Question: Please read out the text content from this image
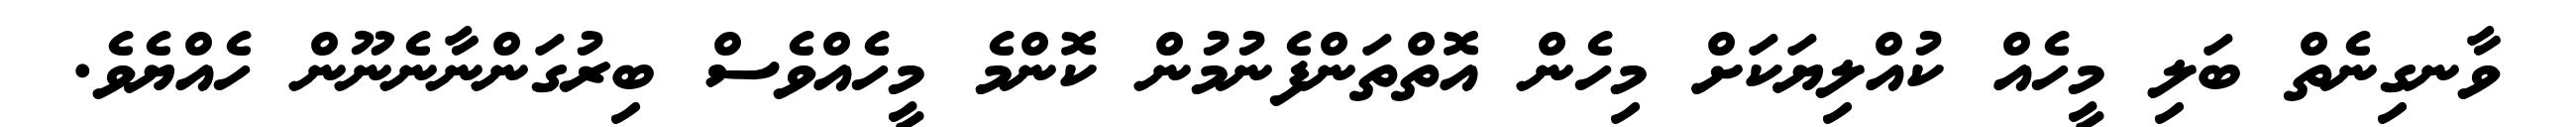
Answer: ވާނގިނެތް ބަލި މީހެއް ކުއްލިޔަކަށް މިހެން އޮތްތަންފެނުމުން ކޮންމެ މީހެއްވެސް ބިރުގަންނާނެނޫން ހެއްޔެވެ.